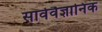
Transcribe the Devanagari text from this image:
सार्ववैज्ञानिक